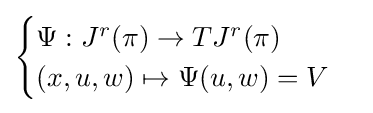
{\begin{cases}\Psi :J^{r}(\pi )\to TJ^{r}(\pi )\\(x,u,w)\mapsto \Psi (u,w)=V\end{cases}}